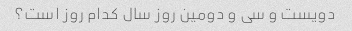
دویست و سی و دومین روز سال کدام روز است؟